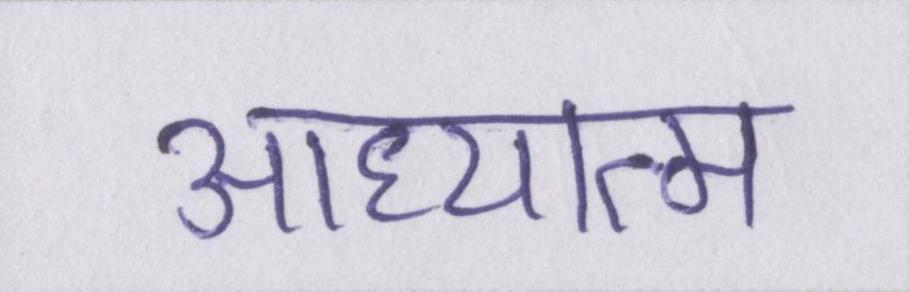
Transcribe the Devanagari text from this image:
आध्यात्म